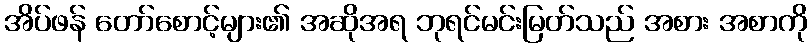
အိပ်ဖန် တော်စောင့်များ၏ အဆိုအရ ဘုရင်မင်းမြတ်သည် အစား အစာကို